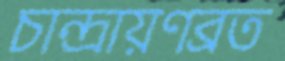
চান্দ্রায়ণব্রত